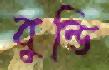
বুন্ডি